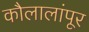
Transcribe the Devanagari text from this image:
कौलालांपूर